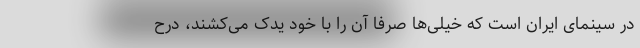
در سینمای ایران است که خیلی‌ها صرفا آن را با خود یدک می‌کشند، درح